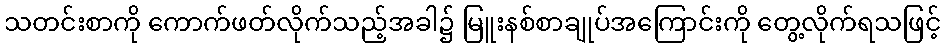
သတင်းစာကို ကောက်ဖတ်လိုက်သည့်အခါ၌ မြူးနစ်စာချုပ်အကြောင်းကို တွေ့လိုက်ရသဖြင့်